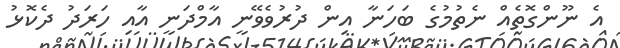
އެ ނޫންގޮތެއް ނެތުމުގެ ބަހަނާ އިން ދުރުވެވޭނީ އާމްދަނީ އާއި ހަރަދު ދެކޮޅު